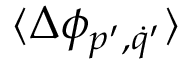
\langle \Delta \phi _ { p ^ { \prime } , \dot { q } ^ { \prime } } \rangle